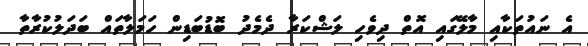
އެ ނައުތަކާއި މާލޭގައި އޮތް ދިވެހި ލަޝްކަރާ ދެމެދު ބޮޑުބަޑިން ހަމަލާތައް ބަދަލުކުރާތާ